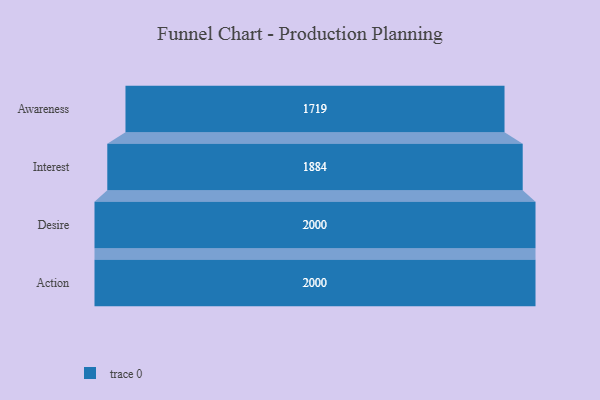
{"axis": {"x": "Stage", "y": "Value"}, "legend": [""], "data": [{"x": "Awareness", "y": 1719.0, "type": ""}, {"x": "Interest", "y": 1884.0, "type": ""}, {"x": "Desire", "y": 2000, "type": ""}, {"x": "Action", "y": 2000, "type": ""}]}